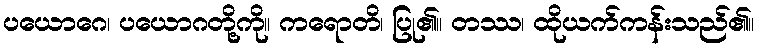
ပယောဂေ၊ ပယောဂတို့ကို။ ကရောတိ၊ ပြု၏။ တဿ၊ ထိုယက်ကန်းသည်၏။